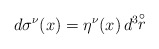
\begin{align*}d\sigma^{\nu}(x) = \eta^{\nu}(x)\,d^3\!\!\stackrel{\circ}{r}\end{align*}